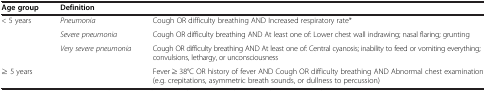
<table><thead><tr><td><b>Age group</b></td><td colspan="2"><b>Definition</b></td></tr></thead><tbody><tr><td rowspan="3">&lt; 5 years</td><td><i>Pneumonia</i></td><td>Cough OR difficulty breathing AND Increased respiratory rate*</td></tr><tr><td><i>Severe pneumonia</i></td><td>Cough OR difficulty breathing AND At least one of: Lower chest wall indrawing; nasal flaring; grunting</td></tr><tr><td><i>Very severe pneumonia</i></td><td>Cough OR difficulty breathing AND At least one of: Central cyanosis; inability to feed or vomiting everything; convulsions, lethargy, or unconsciousness</td></tr><tr><td>≥ 5 years</td><td> </td><td>Fever ≥ 38°C OR history of fever AND Cough OR difficulty breathing AND Abnormal chest examination (e.g. crepitations, asymmetric breath sounds, or dullness to percussion)</td></tr></tbody></table>